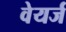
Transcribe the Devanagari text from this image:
वेयर्ज